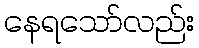
နေရသော်လည်း